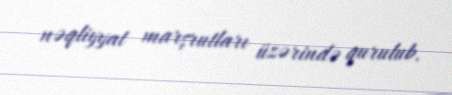
nəqliyyat marşrutları üzərində qurulub.